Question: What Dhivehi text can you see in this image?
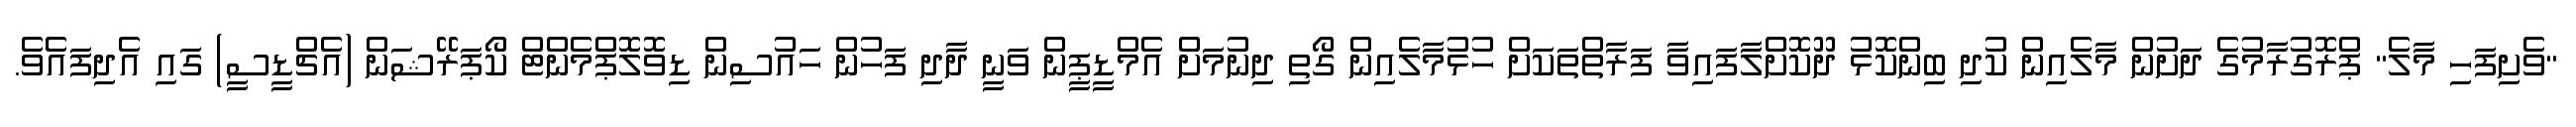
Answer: "ވެށިފަހި މާލެ" ޕްރޮގުރާމުގެ ދަށުން މާލެއިން ކުދި ބިންކޮޅު ދޫކޮށްލާފައިވާ ފަރާތްތަކަށް ހުޅުމާލެއިން ގޯތި ދިނުމަށް އެމްޑީޕީން ވަނީ ދާދި ފަހުން ހައުސިން ޑިވޮލޮޕްމެންޓް ކޯޕަރޭޝަން (އެޗްޑީސީ) ގައި އެދިފައެވެ.